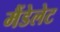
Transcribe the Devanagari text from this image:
मैंडेलेट